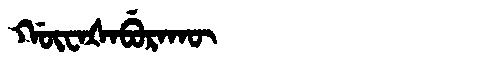
Manchu: ᡤᡡᠸᠠᡧᠠᠪᡠᡵᠠᡴᡡ
Romanization: GŪWAŠABURAKŪ